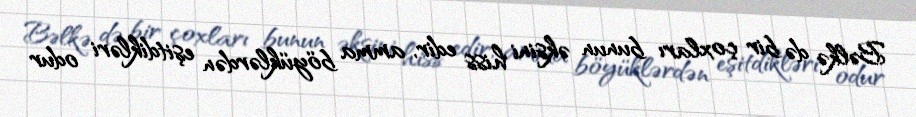
Bəlkə də bir çoxları bunun əksini hiss edir, amma böyüklərdən eşitdikləri odur